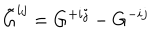
\tilde { G } ^ { i j } = G ^ { + i j } - G ^ { - i j }